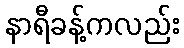
နာရီခန့်ကလည်း